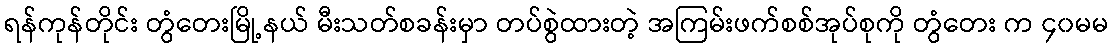
ရန်ကုန်တိုင်း တွံတေးမြို့နယ် မီးသတ်စခန်းမှာ တပ်စွဲထားတဲ့ အကြမ်းဖက်စစ်အုပ်စုကို တွံတေး က ၄၀မမ